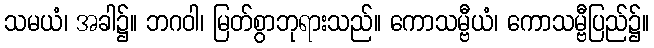
သမယံ၊ အခါ၌။ ဘဂဝါ၊ မြတ်စွာဘုရားသည်။ ကောသမ္ဗီယံ၊ ကောသမ္ဗီပြည်၌။